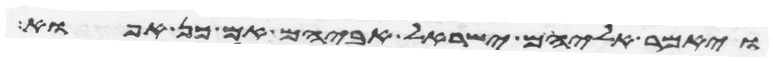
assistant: ויאמר אליהם ישראל אביהם אם כן אפוא